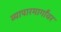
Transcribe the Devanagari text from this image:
व्यापारमार्गांवर